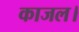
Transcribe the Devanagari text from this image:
काजल।